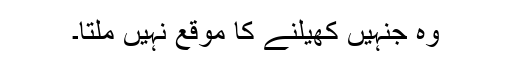
وہ جنہیں کھیلنے کا موقع نہیں ملتا۔